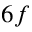
6 f